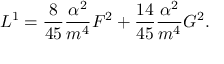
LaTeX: { \cal L } ^ { 1 } = \frac { 8 } { 4 5 } \frac { \alpha ^ { 2 } } { m ^ { 4 } } { \cal F } ^ { 2 } + \frac { 1 4 } { 4 5 } \frac { \alpha ^ { 2 } } { m ^ { 4 } } { \cal G } ^ { 2 } .